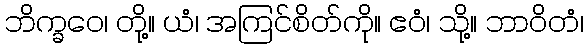
ဘိက္ခဝေ၊ တို့။ ယံ၊ အကြင်စိတ်ကို။ ဧဝံ၊ သို့။ ဘာဝိတံ၊